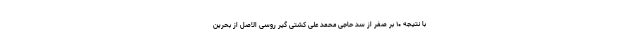
با نتیجه ۱۰ بر صفر از سد حاجی محمد علی کشتی گیر روسی الاصل از بحرین